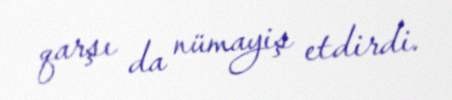
qarşı da nümayiş etdirdi.